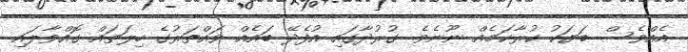
އެއްވެސް ބަޔަކު ކުރާކަމެއް ނޫނެވެ. ގުރުދާގައި އުފެދޭ ބައެއް ވައްތަރުގެ ހިލަތައް ގޮއްވާލައި